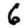
Digit: 6